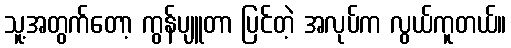
သူ့အတွက်တော့ ကွန်ပျူတာ ပြင်တဲ့ အလုပ်က လွယ်ကူတယ်။